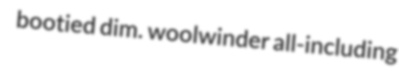
bootied dim. woolwinder all-including